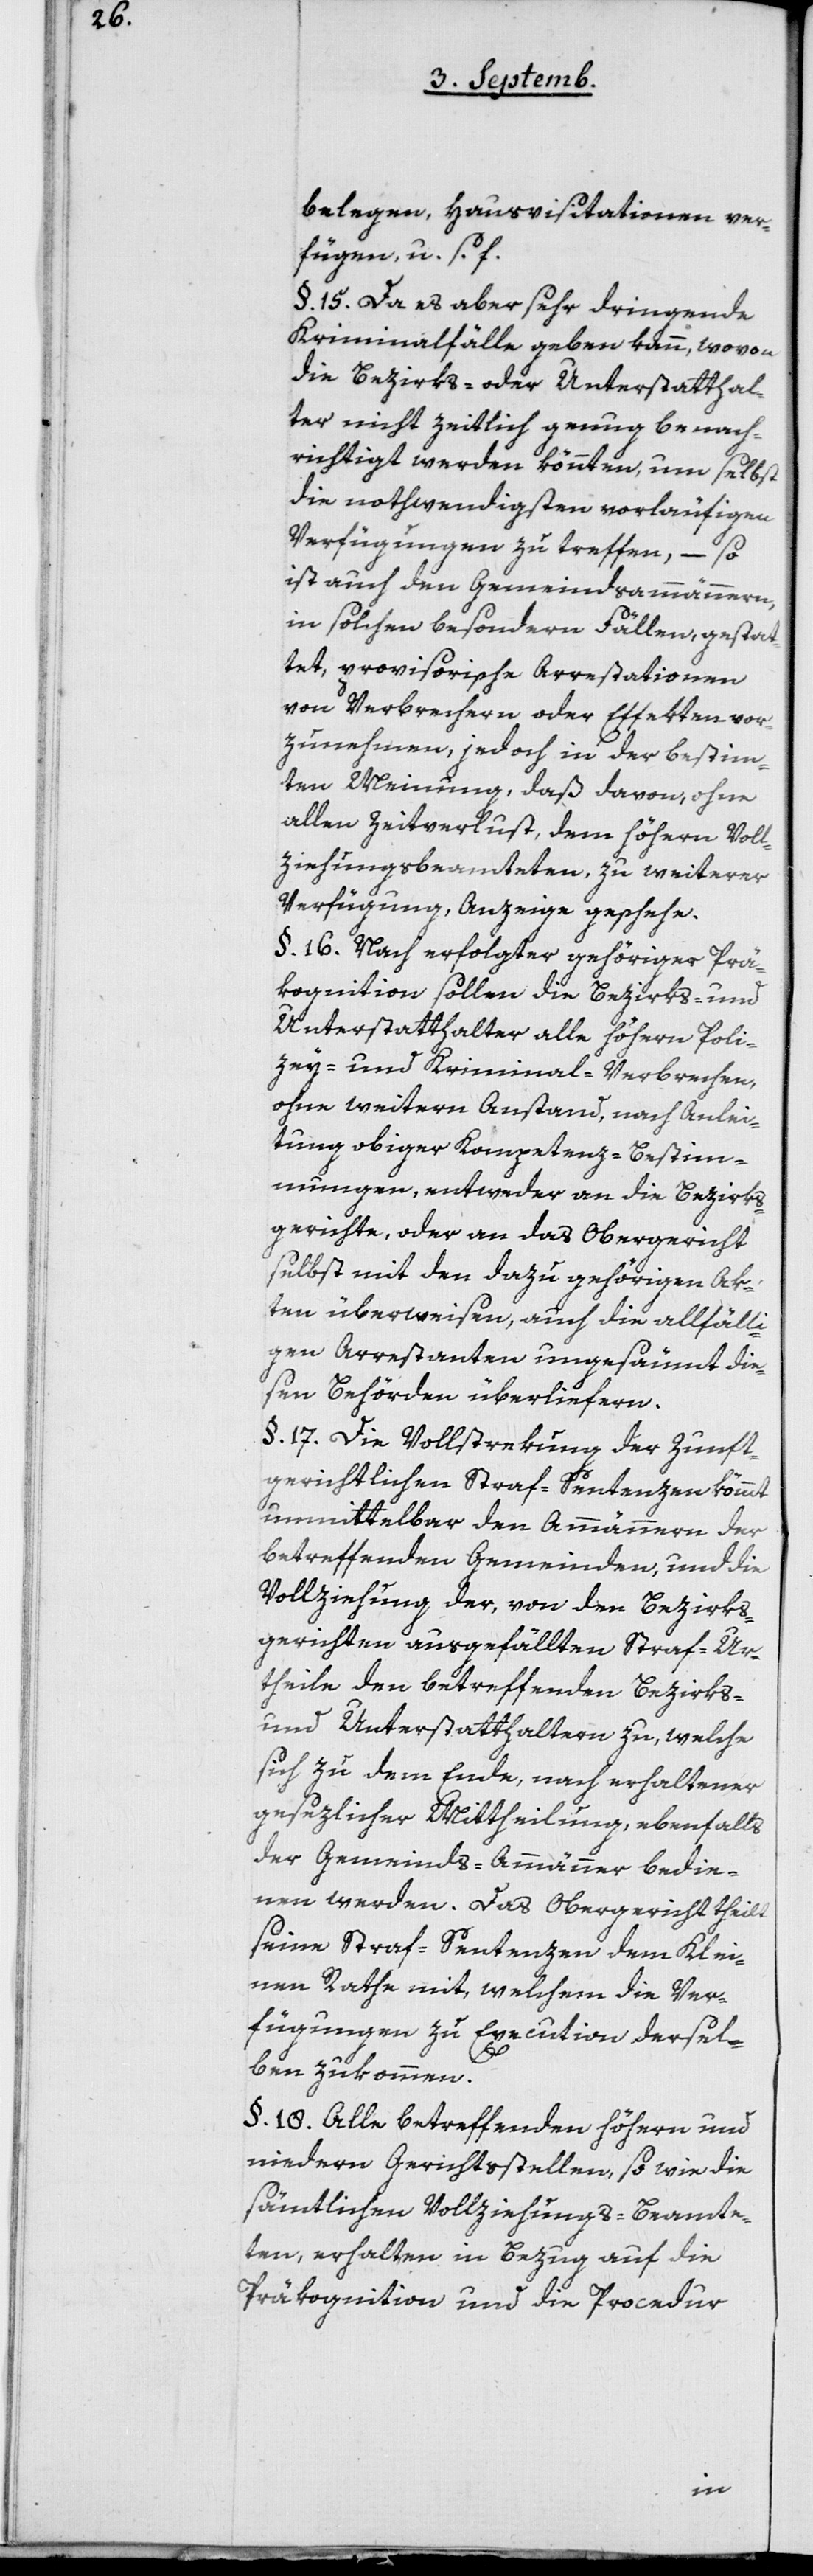
belegen, Hausvisitationen ver¬
fügen, u.s.f.
§ 15. Da es aber sehr dringende
Kriminalfälle geben kann, wovon
die Bezirks- oder Unterstatthal¬
ter nicht zeitlich genug benach¬
richtigt werden könnten, um selbst
die nothwendigsten vorläufigen
Verfügungen zu treffen, – so
ist auch den Gemeindsammännern,
in solchen besonderen Fällen, gestat¬
tet, provisorische Arrestationen
von Verbrechern oder Effekten vor¬
zunehmen, jedoch in der bestimm¬
ten Meinung, daß davon, ohne
allen Zeitverlust, dem höhern Voll¬
ziehungsbeamteten zu weiterer
Verfügung Anzeige geschehe.
§ 16. Nach erfolgter gehöriger Prä¬
kognition sollen die Bezirks- und
Unterstatthalter alle höhern Poli¬
zey- und Kriminal-Verbrechen,
ohne weitern Anstand, nach Anlei¬
tung obiger Kompetenz-Bestim¬
mungen, entweder an die Bezirks¬
gerichte, oder an das Obergericht
selbst mit den dazu gehörigen Ak¬
ten überweisen, auch die allfälli¬
gen Arrestanten ungesäumt die¬
sen Behörden überliefern.
§ 17. Die Vollstrekung der zunft¬
gerichtlichen Straf-Sentenzen kömmt
unmittelbar den Ammännern der
betreffenden Gemeinden, und die
Vollziehung der von den Bezirks¬
gerichten ausgefüllten Straf-Ur¬
theile den betreffenden Bezirks-
und Unterstatthaltern zu, welche
sich zu dem Ende, nach erhaltener
gesezlicher Mittheilung ebenfalls
der Gemeinds-Ammänner bedie¬
nen werden. Das Obergericht theilt
seine Straf-Sentenzen dem Klei¬
nen Rathe mit, welchem die Ver¬
fügungen zu Execution dersel¬
ben zukommen.
§ 18. Alle betreffenden höhern und
niedern Gerichtsstellen, so wie die
sämtlichen Vollziehungs-Beamte¬
ten, erhalten in Bezug auf die
Präkognition und die Procedur